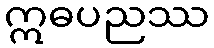
ဣဓပညဿ